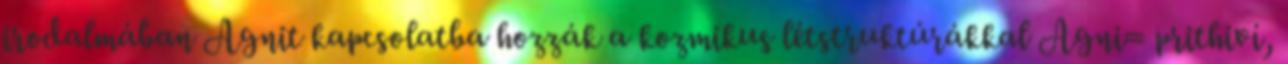
irodalmában Agnit kapcsolatba hozzák a kozmikus létstruktúrákkal Agni= prithiví,